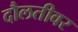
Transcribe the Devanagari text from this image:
दौलतीवर